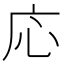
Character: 応